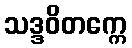
သဒ္ဒဝိတက္ကေ